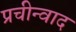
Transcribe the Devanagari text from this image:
प्रचीन्वाद